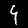
Label: 4